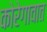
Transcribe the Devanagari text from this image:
कोरेगावात